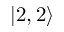
\left| 2 , 2 \right\rangle